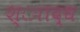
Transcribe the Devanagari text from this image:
श्ााद्ध